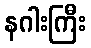
နဂါးကြီး